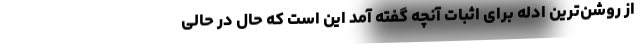
از روشن‌ترین ادله برای اثبات آنچه گفته آمد این است که حال در حالی